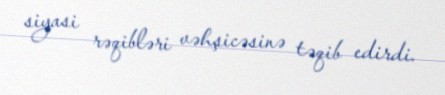
siyasi rəqibləri vəhşicəsinə təqib edirdi.